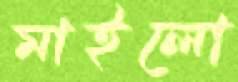
মাইলো